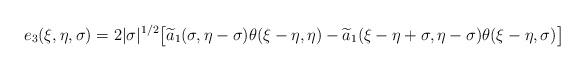
LaTeX: \begin{align*}e_3(\xi, \eta, \sigma) = 2|\sigma|^{1/2}\big[\widetilde{a}_1( \sigma, \eta-\sigma)\theta(\xi-\eta, \eta)- \widetilde{a}_1(\xi-\eta+\sigma, \eta-\sigma) \theta(\xi-\eta,\sigma)\big]\end{align*}